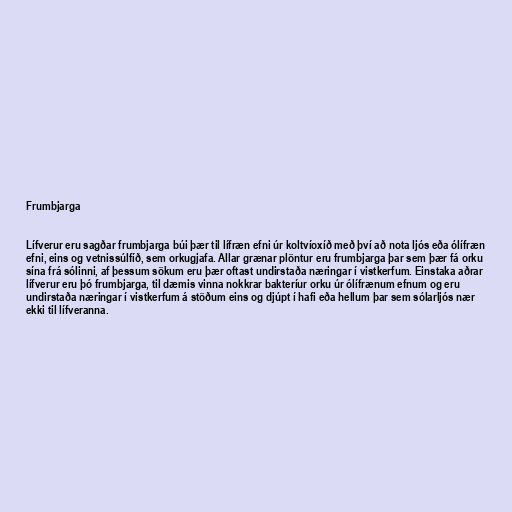
Frumbjarga

Lífverur eru sagðar frumbjarga búi þær til lífræn efni úr koltvíoxíð með því að nota ljós eða ólífræn
efni, eins og vetnissúlfíð, sem orkugjafa. Allar grænar plöntur eru frumbjarga þar sem þær fá orku
sína frá sólinni, af þessum sökum eru þær oftast undirstaða næringar í vistkerfum. Einstaka aðrar
lífverur eru þó frumbjarga, til dæmis vinna nokkrar bakteríur orku úr ólífrænum efnum og eru
undirstaða næringar í vistkerfum á stöðum eins og djúpt í hafi eða hellum þar sem sólarljós nær
ekki til lífveranna.